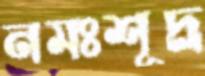
নমঃশূদ্র্র